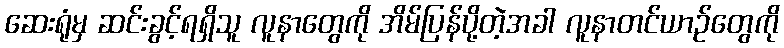
ဆေးရုံမှ ဆင်းခွင့်ရရှိသူ လူနာတွေကို အိမ်ပြန်ပို့တဲ့အခါ လူနာတင်ယာဉ်တွေကို